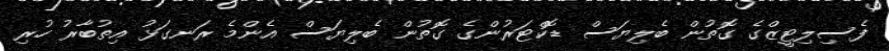
ފެސިލިޓީޒްގެ ގޮތުން ބެލިޔަސް ޑޮކްޓަރުންގެ ގޮތުން ބެލިޔަސް އެންމެ ރަނގަޅު އިތުބާރު ހުރި